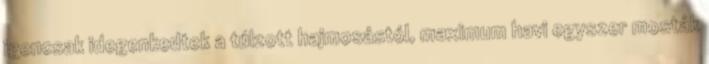
igencsak idegenkedtek a túlzott hajmosástól, maximum havi egyszer mosták